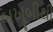
બખૂબીથી